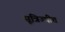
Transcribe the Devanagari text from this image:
सूत्रिज्यीत